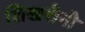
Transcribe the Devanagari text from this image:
शिखरीनी